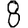
Digit: 8